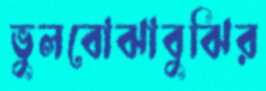
ভুলবোঝাবুঝির